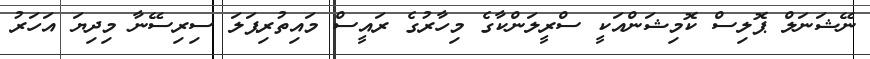
ނޭޝަނަލް ޕޮލިސް ކޮމިޝަންއަކީ ސްރީލަންކާގެ މިހާރުގެ ރައީސް މައިތުރިޕަލަ ސިރިސޭނާ މިދިޔަ އަހަރު